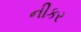
નીકર